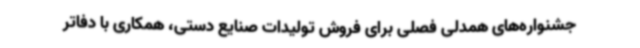
جشنواره‌های همدلی فصلی برای فروش تولیدات صنایع دستی، همکاری با دفاتر